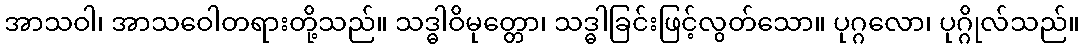
အာသဝါ၊ အာသဝေါတရားတို့သည်။ သဒ္ဓါဝိမုတ္တော၊ သဒ္ဓါခြင်းဖြင့်လွတ်သော။ ပုဂ္ဂလော၊ ပုဂ္ဂိုလ်သည်။